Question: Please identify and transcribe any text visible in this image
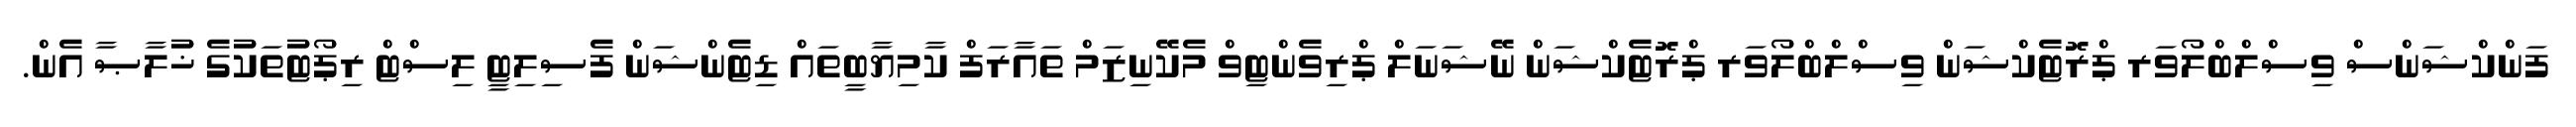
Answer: ފަންކްޝަންސް ވިސްލްބްލޯވަރ ޕްރޮޓެކްޝަން ވިސްލްބްލޯވަރ ޕްރޮޓެކްޝަން ނޭޝަނަލް ޕްރިވެންޓިވް މެކޭނިޒަމް ތައާރަފް ކާމިޔާބީތައް ޑިޓެންޝަން ފެސިލިޓީ ލިސްޓް ރިޕޯޓުތަކުގެ ޚުލާޞާ އެން.